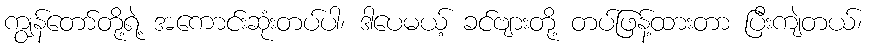
ကျွန်တော်တို့ရဲ့ အကောင်းဆုံးတပ်ပါ၊ ဒါပေမယ့် ခင်ဗျားတို့ တပ်ဖြန့်ထားတာ ပြီးကျဲတယ်၊